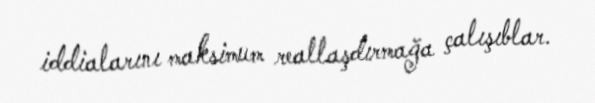
iddialarını maksimum reallaşdırmağa çalışıblar.